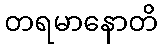
တရမာနောတိ